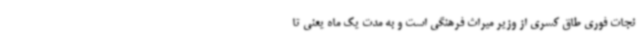
نجات فوری طاق کسری از وزیر میراث فرهنگی است و به مدت یک ماه یعنی تا